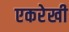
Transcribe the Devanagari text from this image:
एकरेखी